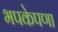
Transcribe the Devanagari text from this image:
भपकेपणा